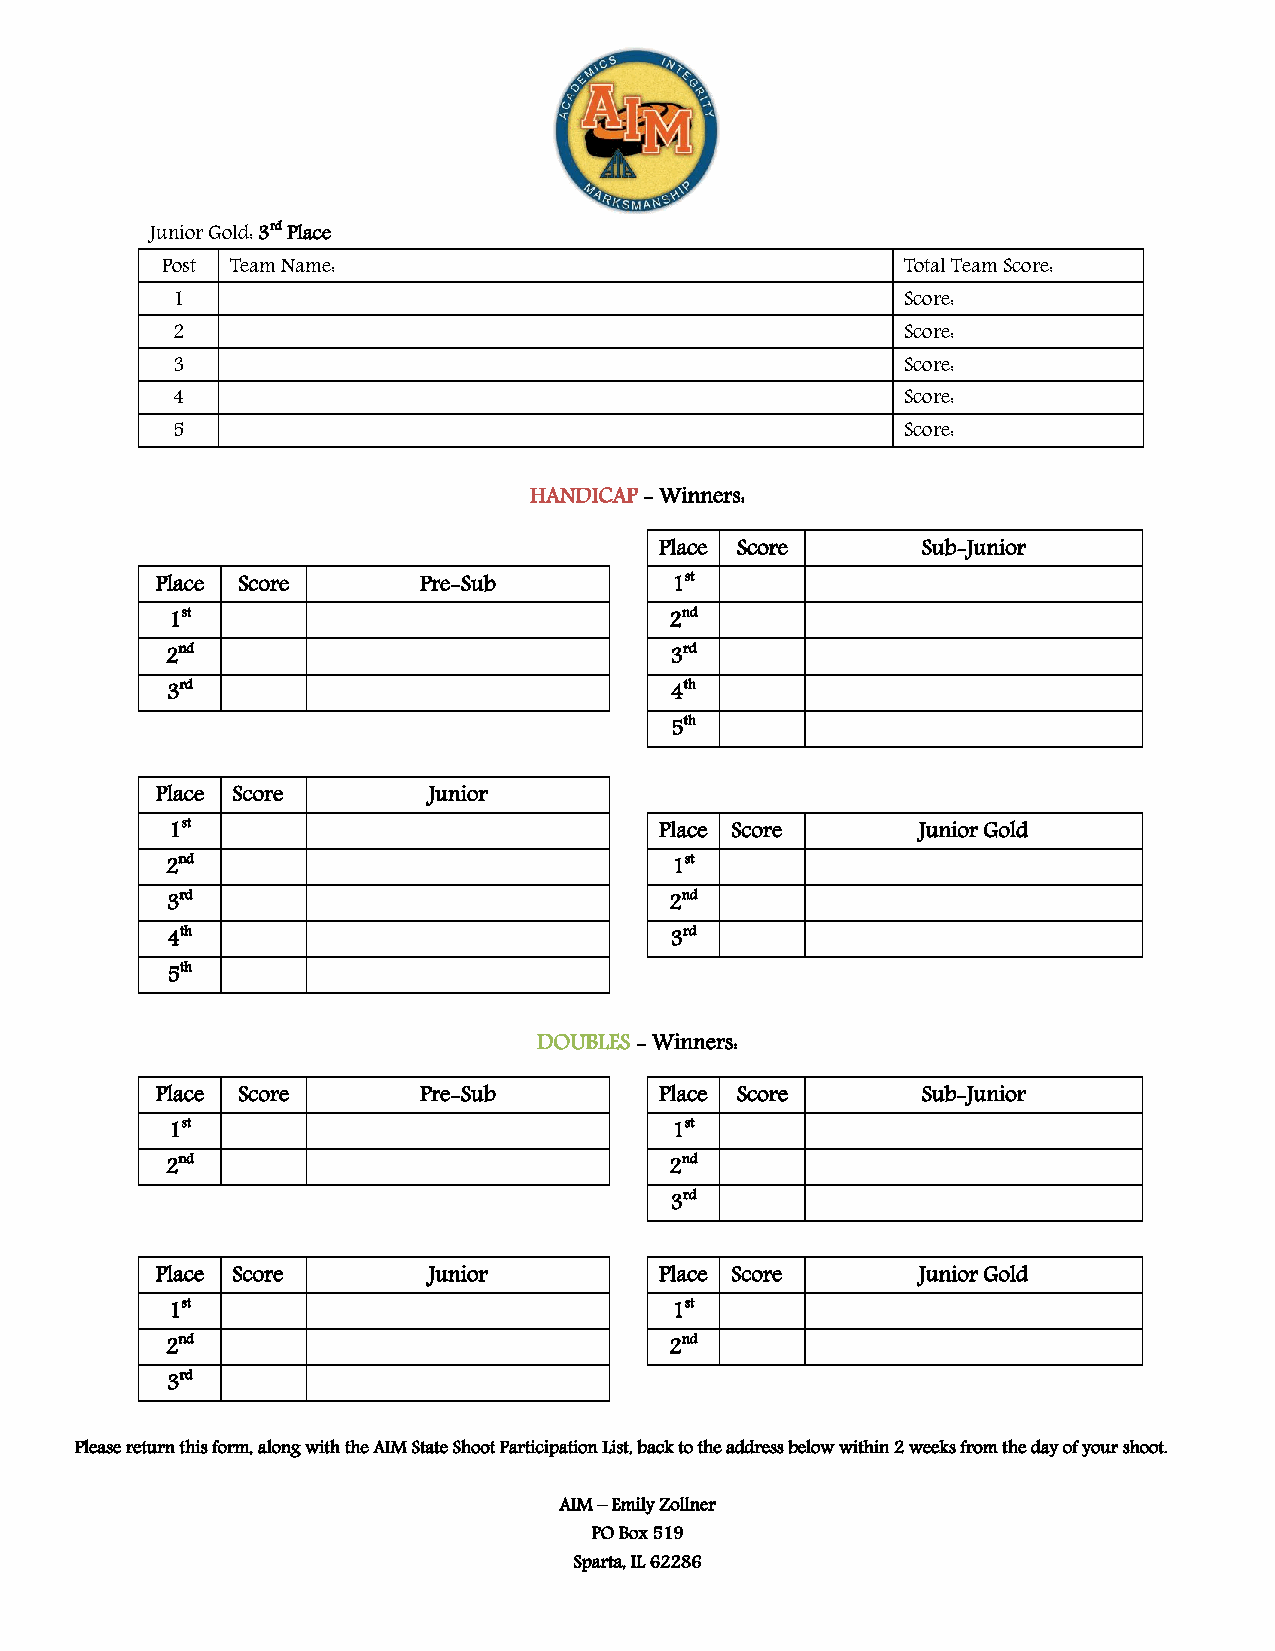
Junior Gold: 3rd Place
 Post Team Name:                                  Total Team Score:
 1                                                Score:
 2                                                Score:
 3                                                Score:
 4                                                Score:
 5                                                Score:
 HANDICAP - Winners:
 Place Score      Sub-Junior
 Place Score       Pre-Sub         1st
 1st                              2nd
 2nd                              3rd
 3rd                              4th
 5th
 Place Score       Junior
 1st                              Place Score      Junior Gold
 2nd                              1st
 3rd                              2nd
 4th                              3rd
 5th
 DOUBLES - Winners:
 Place Score       Pre-Sub         Place Score      Sub-Junior
 1st                              1st
 2nd                              2nd
 3rd
 Place Score       Junior          Place Score      Junior Gold
 1st                              1st
 2nd                              2nd
 3rd
 Please return this form, along with the AIM State Shoot Participation List, back to the address below within 2 weeks from the day of your shoot.
 AIM – Emily Zollner
 PO Box 519
 Sparta, IL 62286